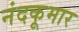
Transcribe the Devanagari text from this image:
नंदकूमार